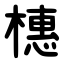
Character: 橞